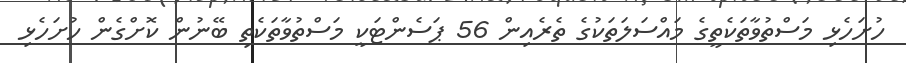
ހުށަހެޅި މަސްތުވާތަކެތީގެ މައްސަލަތަކުގެ ތެރެއިން 56 ޕަސެންޓަކީ މަސްތުވާތަކެތި ބޭނުން ކޮށްގެން ހުށަހެޅި